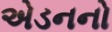
એડનનો